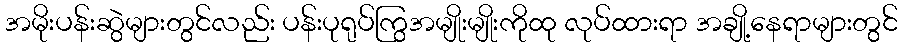
အမိုးပန်းဆွဲများတွင်လည်း ပန်းပုရုပ်ကြွအမျိုးမျိုးကိုထု လုပ်ထားရာ အချို့နေရာများတွင်